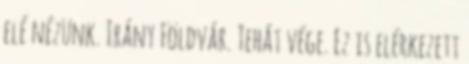
elé nézünk. Irány Földvár. Tehát vége. Ez is elérkezett